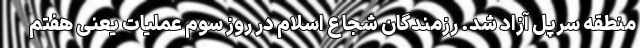
منطقه سرپل آزاد شد. رزمندگان شجاع اسلام در روز سوم عملیات یعنی هفتم